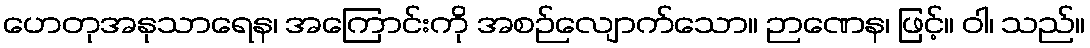
ဟေတုအနုသာရေန၊ အကြောင်းကို အစဉ်လျောက်သော။ ဉာဏေန၊ ဖြင့်။ ဝါ၊ သည်။